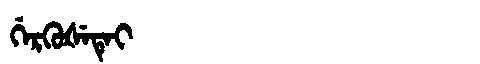
Manchu: ᡤᡝᡵᡴᡠᡧᡝᡨᡝᡳ
Romanization: GERKUŠETEI